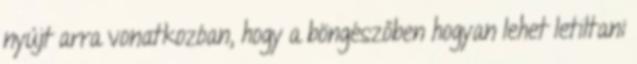
nyújt arra vonatkozóan, hogy a böngészőben hogyan lehet letiltani